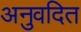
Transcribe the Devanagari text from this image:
अनुवदित